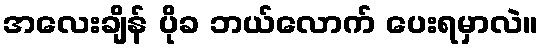
အလေးချိန် ပိုခ ဘယ်လောက် ပေးရမှာလဲ။